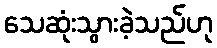
သေဆုံးသွားခဲ့သည်ဟု